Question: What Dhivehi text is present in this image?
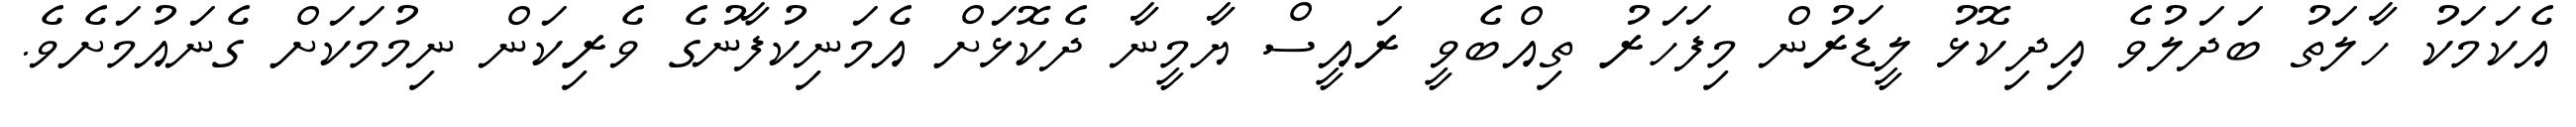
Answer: އެކަމަކު ހާލަތު ބަދަލުވެ އިދިކޮޅު ލީޑަރުން މިފަހަރު ތިއްބެވީ ރައީސް ޔާމީނާ ދެކޮޅަށް އެމަނިކުފާނުގެ ވެރިކަން ނިމުމަކަށް ގެނައުމަށެވެ.